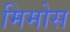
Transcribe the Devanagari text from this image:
मिमोस